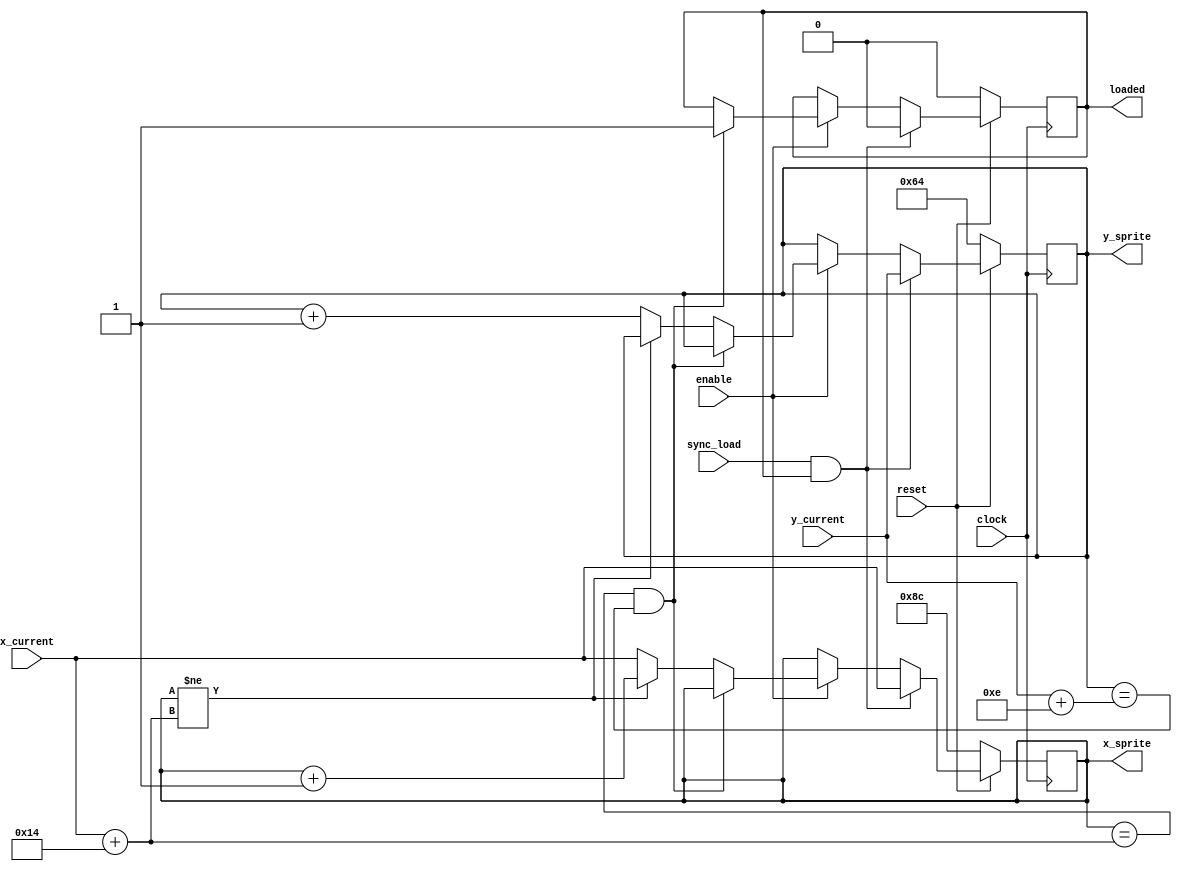
module Sprite_Counter(input clock, reset, enable, sync_load, input[8:0] x_current, y_current, output reg loaded, output reg[8:0] x_sprite, y_sprite);
	
	parameter X_START = 140;
	parameter Y_START = 100;
	parameter HEIGHT = 14;
	parameter WIDTH = 20;

	initial x_sprite = X_START;
	initial y_sprite = Y_START;
	initial loaded = 0;
	
	always @(posedge clock)
		begin
			if (!reset) begin
				x_sprite <= X_START;
				y_sprite <= Y_START;
				loaded <= 0;
			end
			else if (sync_load && loaded) begin
				x_sprite <= x_current;
				y_sprite <= y_current;
				loaded <= 0;
			end
			else if (enable) begin
				if (x_sprite == x_current + WIDTH && y_sprite == y_current + HEIGHT) begin
					loaded <= 1;
				end
				else if (x_sprite != x_current + WIDTH) begin
					x_sprite <= x_sprite + 1'b1;
				end
				else begin
					x_sprite <= x_current;
					y_sprite <= y_sprite + 1'b1;
				end
			end
		end
	
endmodule